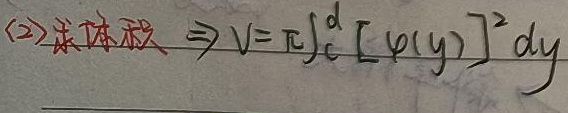
(2) 求体积 $\Rightarrow$ \(V=\pi\int_{c}^{d}[\varphi(y)]^{2}dy\)